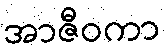
အာဇီဝကာ